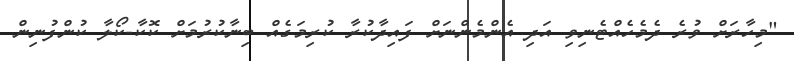
"މިހާރަށް ވުރެ ދެމެހެއްޓެނިވި އަދި އެންމެންނަށް ފައިދާކުރާ ކުރިމަގެއް ބިނާކުރުމަށް ކޮކާ-ކޯލާ ކުންފުނިން